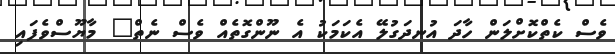
ވެސް ކެތްކޮށްލަން ހާދަ އުނދަގުލޭ އެކަމަކު އެ ނޫންގޮތެއް ވެސް ނެތް" މާޔޫސްވެފައި